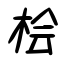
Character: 桧